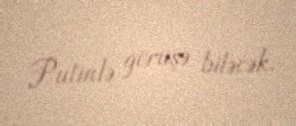
Putinlə görüşə biləcək.